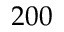
2 0 0